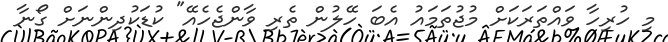
މި ހުރިހާ ވައްތަރަކަށް މުޖުތަމައު އެބަ ހޭލުން ތެރި ވާންޖެހެއޭ" ކުޑަކުދިންނަށް ގޯނާ